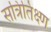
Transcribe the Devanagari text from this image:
सत्रितिक्ष्ण